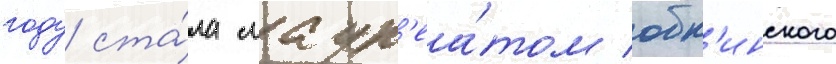
году ста́ла лаур'еа́том обн'инского